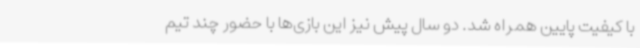
با کیفیت پایین همراه شد. دو سال پیش نیز این بازی‌ها با حضور چند تیم